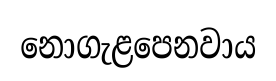
නොගැළපෙනවාය